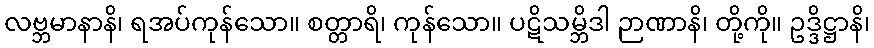
လဗ္ဘမာနာနိ၊ ရအပ်ကုန်သော။ စတ္တာရိ၊ ကုန်သော။ ပဋိသမ္ဘိဒါ ဉာဏာနိ၊ တို့ကို။ ဥဒ္ဒိဋ္ဌာနိ၊